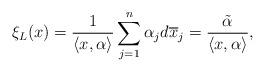
LaTeX: \begin{align*}\xi_L (x)=\frac{ 1 }{\langle x, \alpha\rangle} \sum_{j=1}^{n} \alpha_{j} d \overline{x}_{j} =\frac{ \tilde{\alpha} }{\langle x, \alpha\rangle}, \end{align*}